Report of the veterinary officer investigating camel disease
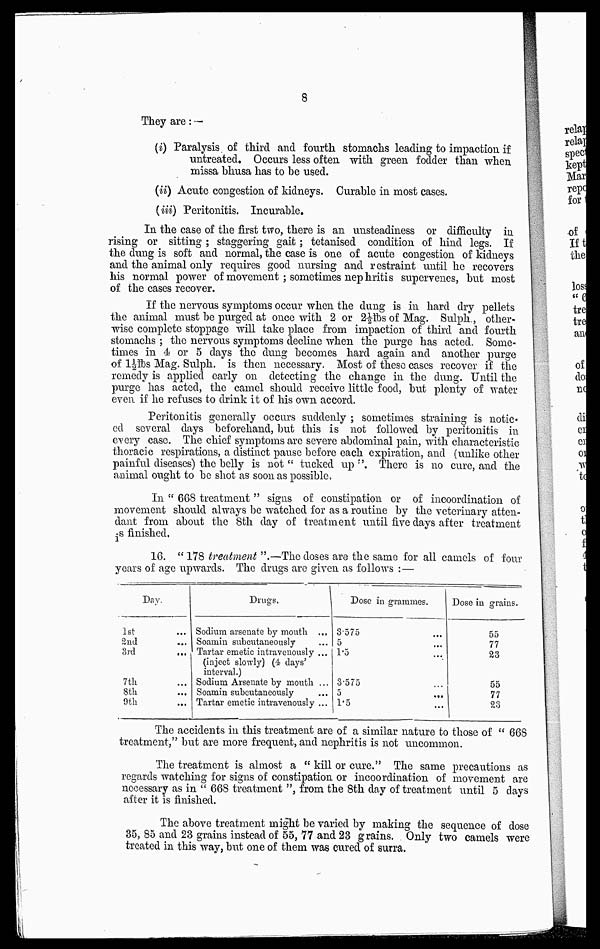
8
They are: —
(i) Paralysis of third and fourth stomachs leading to impaction if
untreated. Occurs less often with green fodder than when
missa bhusa has to be used.
(ii) Acute congestion of kidneys. Curable in most cases.
(iii) Peritonitis. Incurable.
In the case of the first two, there is an unsteadiness or difficulty in
rising or sitting ; staggering gait; tetanised condition of hind legs. If
the dung is soft and normal, the case is one of acute congestion of kidneys
and the animal only requires good nursing and restraint until he recovers
his normal power of movement; sometimes nephritis supervenes, but most
of the cases recover.
If the nervous symptoms occur when the dung is in hard dry pellets
the animal must be purged at once with 2 or 2½lbs of Mag. Sulph., other-
wise complete stoppage will take place from impaction of third and fourth
stomachs ; the nervous symptoms decline when the purge has acted. Some-
times in 4 or 5 days the dung becomes hard again and another purge
of 1½lbs Mag. Sulph. is then necessary. Most of these cases recover if the
remedy is applied early on detecting the change in the dung. Until the
purge has acted, the camel should receive little food, but plenty of water
even if he refuses to drink it of his own accord.
Peritonitis generally occurs suddenly ; sometimes straining is notic-
ed several days beforehand, but this is not followed by peritonitis in
every case. The chief symptoms are severe abdominal pain, with characteristic
thoracic respirations, a distinct pause before each expiration, and (unlike other
painful diseases) the belly is not " tucked up-''. There is no cure, and the
animal ought to be shot as soon as possible,
In " 668 treatment " signs of constipation or of incoordination of
movement should always be watched for as a routine by the veterinary atten-
dant from about the 8th day of treatment until five days after treatment
is finished.
16. " 178 treatment ".—The doses are the same for all camels of four
years of age upwards. The drugs are given as follows :—
Day.
1st
...
2nd
3rd
...
7th
8th
9th
Drugs.
Sodium arsenate by mouth ...
Soamin subeutaneously
Tartar emetic intravenously ...
(inject slowly) (4 days'
interval.)
Sodium Arsenate by mouth ...
Soamin subeutaneously
Tartar emetic intravenously ...
Dose in grammes.
3.575
5
1.5
3.575
5
1.5
Dose in grains.
55
77
23
55
77
23
The accidents in this treatment are of a similar nature to those of " 668
treatment," but are more frequent, and nephritis is not uncommon.
The treatment is almost a " kill or cure." The same precautions as
regards watching for signs of constipation or incoordination of movement are
necessary as in " 668 treatment ", from the 8th day of treatment until 5 days
after it is finished.
The above treatment might be varied by making the sequence of dose
35, 85 and 23 grains instead of 55, 77 and 23 grains. Only two camels were
treated in this way, but one of them was cured of surra.